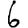
Digit: 6